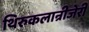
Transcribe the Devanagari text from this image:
थिरुकलान्रीजेरी